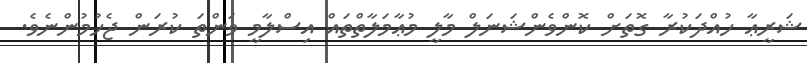
ޝަރީޢާ ހުއްދަކުރާ ގޮތަށް ކޮންވެންޝަނަލް މާލީ މުޢާމަލާތްތައް އިސްލާމީ ވަންތަ ކުރަން ޖެހުމުންނެވެ.